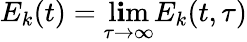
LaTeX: E_{k}(t)=\operatorname*{l\mathbf{i}m}_{\tau\rightarrow\infty}E_{k}(t,\tau)